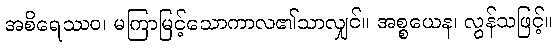
အစိရေဿဝ၊ မကြာမြင့်သောကာလ၏သာလျှင်။ အစ္စယေန၊ လွန်သဖြင့်။